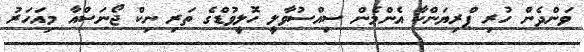
ވަންދެން ހުރި ޕްރިޔަންކާ އެންމެން ސިއްސުވާލީ ހޮލީވުޑްގެ ތަރި ނިކް ޖޯނަސްއާ މިއަހަރު